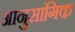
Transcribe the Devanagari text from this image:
आनुसांगिक